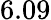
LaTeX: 6.09